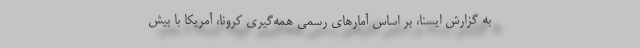
به گزارش ایسنا، بر اساس آمارهای رسمیِ همه‌گیری کرونا، آمریکا با بیش